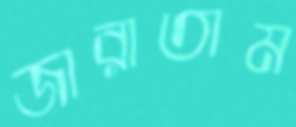
জারাতাম